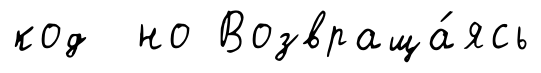
код но Возвраща́ясь